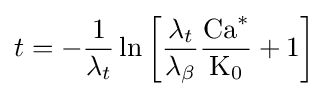
t=-{\frac {1}{\lambda _{t}}}\ln \left[{\frac {\lambda _{t}}{\lambda _{\beta }}}{\frac {\mathrm {Ca} {\vphantom {A}}^{\ast }}{\mathrm {K} {\vphantom {A}}_{\smash[{t}]{0}}}}+1\right]